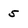
Character: 5